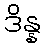
ဒိန္န